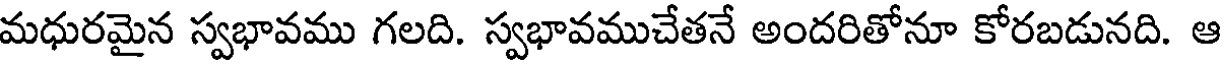
మధురమైన స్వభావము గలది. స్వభావముచేతనే అందరితోనూ కోరబడునది. ఆ